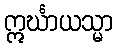
ဣင်္ဃာယသ္မာ